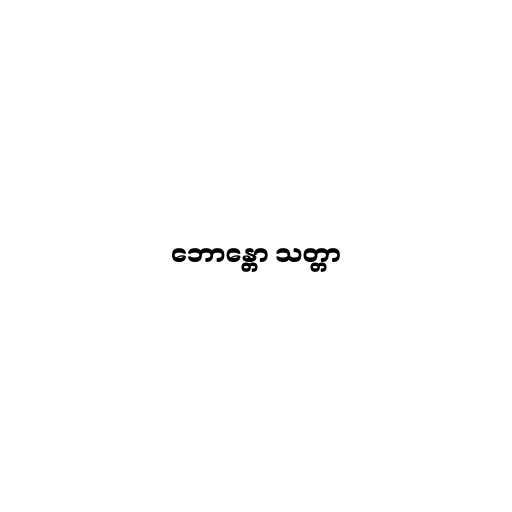
ဘောန္တော သတ္တာ